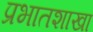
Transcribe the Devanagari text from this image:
प्रभातशाखा